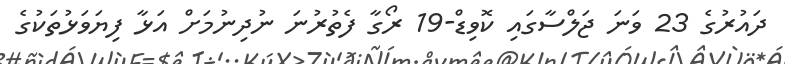
ދައުރުގެ 23 ވަނަ ޖަލްސާގައި ކޮވިޑް-19 ރޯގާ ފެތުރުނަ ނުދިނުމަށް އަޅާ ފިޔަވަޅުތަކުގެ